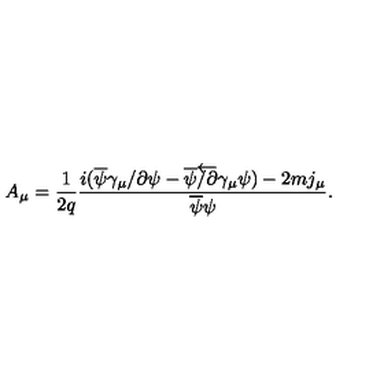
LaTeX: A _ { \mu } = \frac { 1 } { 2 q } \frac { i ( \overline { { \psi } } \gamma _ { \mu } \slash { \partial } \psi - \overline { { \psi } } \overleftarrow { \slash { \partial } } \gamma _ { \mu } \psi ) - 2 m j _ { \mu } } { \overline { { \psi } } \psi } .